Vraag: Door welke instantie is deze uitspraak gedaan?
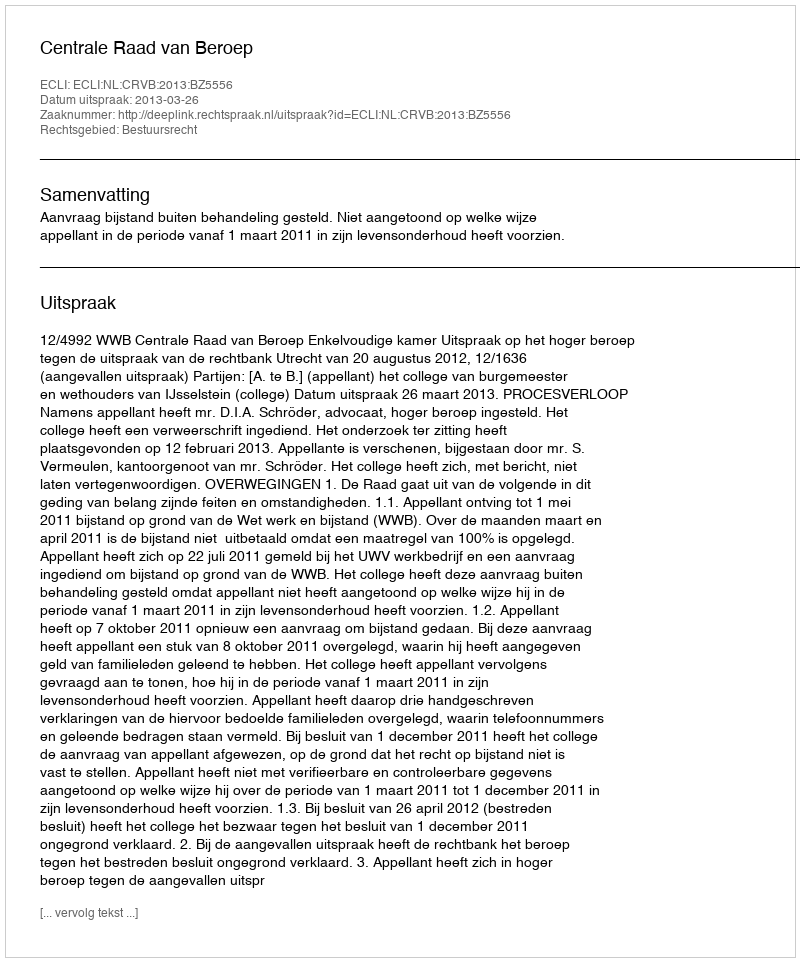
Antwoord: Centrale Raad van Beroep